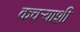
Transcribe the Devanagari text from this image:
कचऱ्याशी